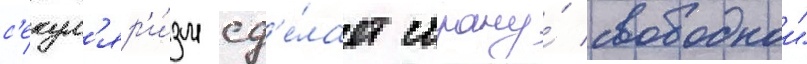
с'екул'яр'и́зм сд'е́лает страну́ свободнои"